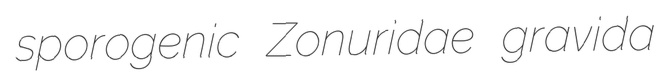
sporogenic Zonuridae gravida